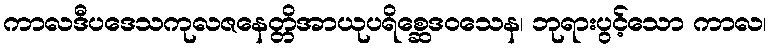
ကာလဒီပဒေသကုလဇနေတ္တိအာယုပရိစ္ဆေဒဝသေန၊ ဘုရားပွင့်သော ကာလ၊